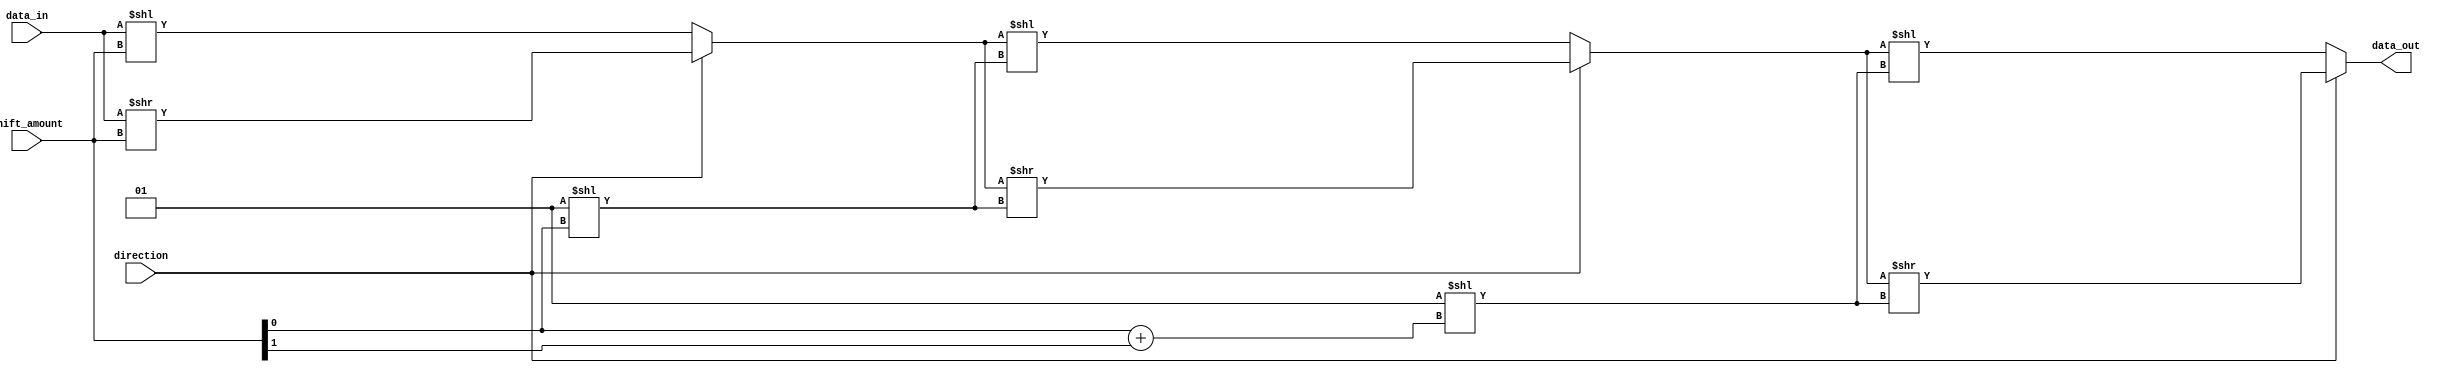
module Barrel_Shifter (
    input [7:0] data_in,
    input [2:0] shift_amount,
    input direction, // 0 for right shift, 1 for left shift
    output reg [7:0] data_out
);

reg [7:0] shifted_data [2:0]; // Array to store shifted data at each level

// Arithmetic block for shifting logic
always @*
begin
    shifted_data[0] = (direction) ? (data_in >> shift_amount) : (data_in << shift_amount);
    shifted_data[1] = (direction) ? (shifted_data[0] >> (1 << shift_amount[0])) : (shifted_data[0] << (1 << shift_amount[0]));
    shifted_data[2] = (direction) ? (shifted_data[1] >> (1 << (shift_amount[0] + shift_amount[1]))) : (shifted_data[1] << (1 << (shift_amount[0] + shift_amount[1])));
    data_out = shifted_data[2];
end

endmodule